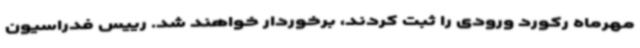
مهرماه رکورد ورودی را ثبت کردند، برخوردار خواهند شد. رییس فدراسیون